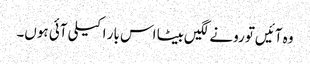
وہ آئیں‌تو رونے لگیں‌بیٹا اس بار اکیلی آئی ہوں۔